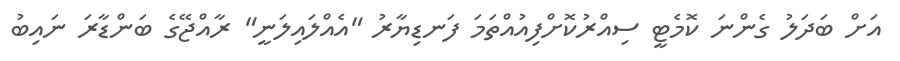
އަށް ބަދަލު ގެންނަ ކޮމެޓީ ސިއްރުކޮށްފިއުއްތަމަ ފަނޑިޔާރު "އެއްލައިލަނީ" ރާއްޖޭގެ ބަންޑާރަ ނައިބު